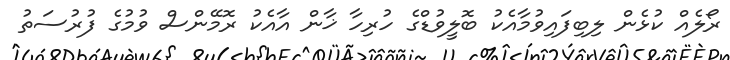
ރޯލެއް ކުޅެން ލިބިފައިވުމާއެކު ބޮލީވުޑްގެ ހުރިހާ ޚާން އާއެކު ރޮމޭންސް ވުމުގެ ފުރުސަތު